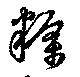
糲